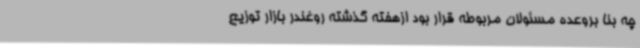
چه بنا بروعده مسئولان مربوطه قرار بود ازهفته گذشته روغندر بازار توزیع